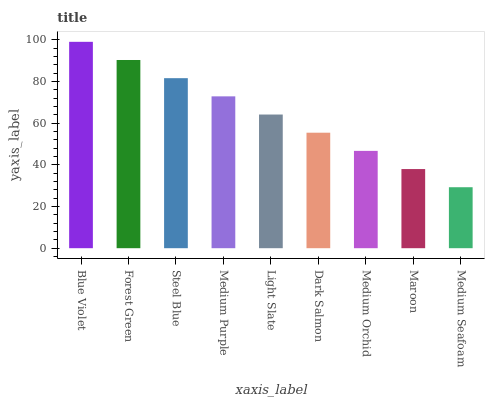
| xaxis_label | bars |
 | --- | --- |
 | Blue Violet | 99 |
 | Forest Green | 90.3 |
 | Steel Blue | 81.6 |
 | Medium Purple | 72.8 |
 | Light Slate | 64.1 |
 | Dark Salmon | 55.4 |
 | Medium Orchid | 46.7 |
 | Maroon | 38 |
 | Medium Seafoam | 29.2 |